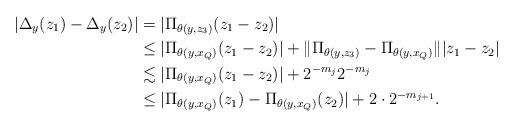
LaTeX: \begin{align*}|\Delta_y(z_1)-\Delta_y(z_2)| &= |\Pi_{\theta(y,z_3)}(z_1-z_2)| \\&\le |\Pi_{\theta(y,x_Q)}(z_1-z_2)| + \|\Pi_{\theta(y,z_3)}-\Pi_{\theta(y,x_Q)}\||z_1-z_2| \\&\lesssim |\Pi_{\theta(y,x_Q)}(z_1-z_2)| + 2^{-m_j} 2^{-m_j} \\&\le |\Pi_{\theta(y,x_Q)}(z_1)-\Pi_{\theta(y,x_Q)}(z_2)| + 2\cdot 2^{-m_{j+1}}. \end{align*}